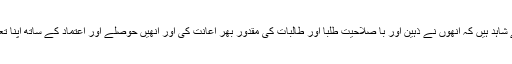
ان کے لاکھوں شاگرد اس بات کے شاہد ہیں کہ انھوں نے ذہین اور با صلاحیت طلبا اور طالبات کی مقدور بھر اعانت کی اور انھیں حوصلے اور اعتماد کے ساتھ اپنا تعلیم سفر جاری رکھنے پر آمادہ کیا۔